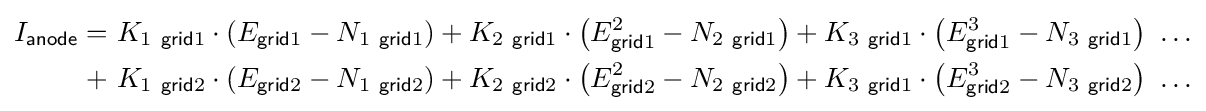
{\begin{aligned}I_{\mathsf {anode}}=&~K_{1\ {\mathsf {grid}}1}\cdot \left(E_{{\mathsf {grid}}1}-N_{1\ {\mathsf {grid}}1}\right)+K_{2\ {\mathsf {grid}}1}\cdot \left(E_{{\mathsf {grid}}1}^{2}-N_{2\ {\mathsf {grid}}1}\right)+K_{3\ {\mathsf {grid}}1}\cdot \left(E_{{\mathsf {grid}}1}^{3}-N_{3\ {\mathsf {grid}}1}\right)\ \ldots \\+&~K_{1\ {\mathsf {grid}}2}\cdot \left(E_{{\mathsf {grid}}2}-N_{1\ {\mathsf {grid}}2}\right)+K_{2\ {\mathsf {grid}}2}\cdot \left(E_{{\mathsf {grid}}2}^{2}-N_{2\ {\mathsf {grid}}2}\right)+K_{3\ {\mathsf {grid}}1}\cdot \left(E_{{\mathsf {grid}}2}^{3}-N_{3\ {\mathsf {grid}}2}\right)\ \ldots \end{aligned}}